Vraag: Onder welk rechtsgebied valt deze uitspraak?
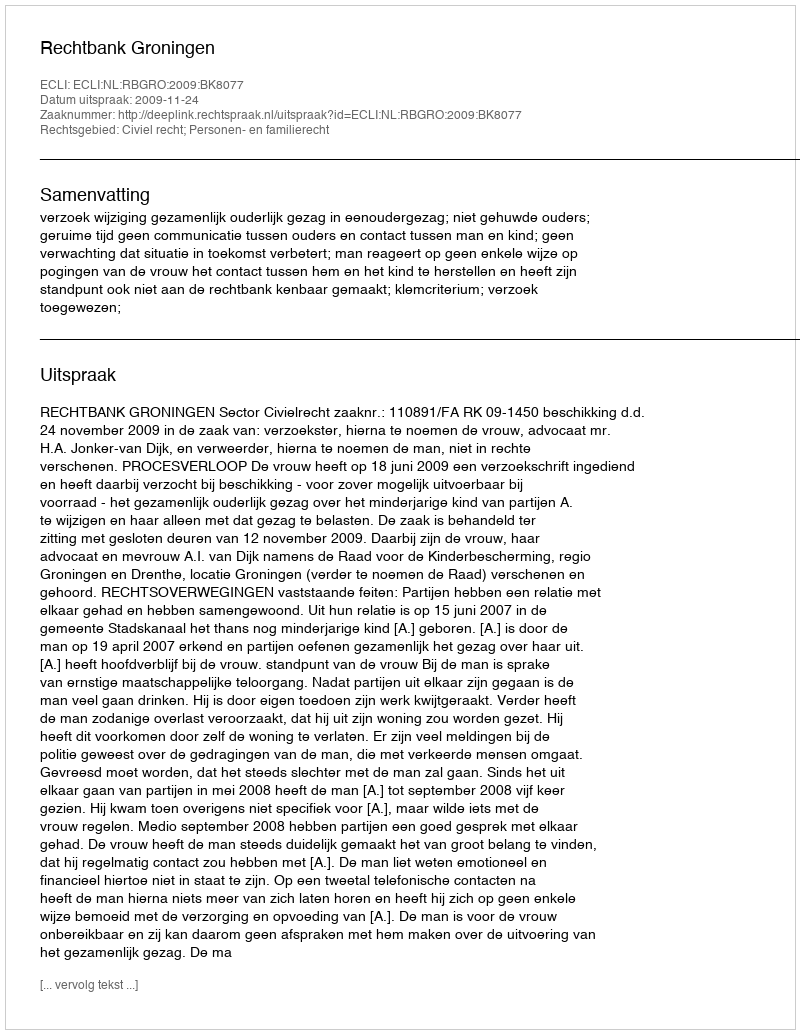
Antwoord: Civiel recht; Personen- en familierecht